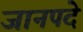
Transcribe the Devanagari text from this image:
जानपदे